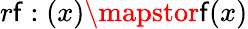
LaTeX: r\mathsf{f}:(x)\mapstor\mathsf{f}(x)